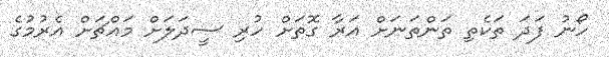
ހޯނު ފަދަ ތަކެތި ތަންތަނަށް އަރާ ގޮތަށް ހުރި ސީދަލަށް މައްޗަށް އެރުމުގެ